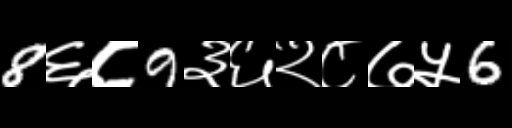
Text: 8६८9३६२८७५6